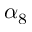
\alpha _ { 8 }